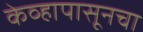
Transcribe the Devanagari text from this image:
केव्हापासूनचा